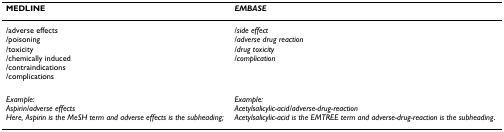
<table><thead><tr><td><b>MEDLINE</b></td><td><b><i>EMBASE</i></b></td></tr></thead><tbody><tr><td>/adverse effects/poisoning/toxicity/chemically induced/contraindications/complications</td><td>/<i>side effect</i>/<i>adverse drug reaction</i>/<i>drug toxicity</i>/<i>complication</i></td></tr><tr><td><i>Example:</i><i>Aspirin/adverse effects</i><i>Here, Aspirin is the MeSH term and adverse effects is the subheading;</i></td><td><i>Example:</i><i>Acetylsalicylic-acid/adverse-drug-reaction</i><i>Acetylsalicylic-acid is the EMTREE term and adverse-drug-reaction is the subheading</i>.</td></tr></tbody></table>